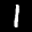
Label: 1